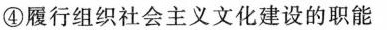
④履行组织社会主义文化建设的职能A.①② B.③④C.①③ D.②④